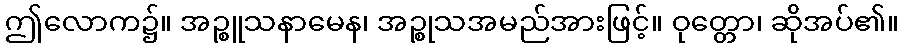
ဤလောက၌။ အဉ္စူသနာမေန၊ အဉ္စုသအမည်အားဖြင့်။ ဝုတ္တော၊ ဆိုအပ်၏။